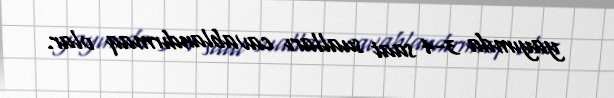
yayımda 3-4 saat sualları cavablandırmaq olar.